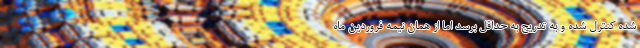
شده کنترل شده و به تدریج به حداقل برسد اما از همان نیمه فروردین ماه